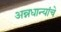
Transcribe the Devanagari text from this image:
अन्नधान्यांचे